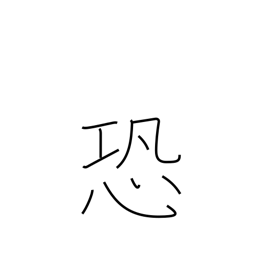
Meaning: awe